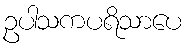
ဥပါသကပရိသာပေ